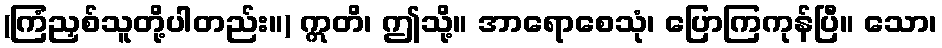
(ကြံညှစ်သူတို့ပါတည်း။) ဣတိ၊ ဤသို့။ အာရောစေသုံ၊ ပြောကြကုန်ပြီ။ သော၊